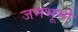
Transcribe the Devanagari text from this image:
जमभूमी